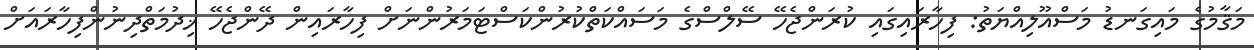
މަޤާމުގެ މައިގަނޑު މަސްއޫލިއްޔަތު: ފިހާރައިގައި ކުރަންޖެހޭ ސޭލްސްގެ މަސައްކަތްކުރުންކަސްޓަމަރުންނަށް ފިހާރައިން ދޭންޖެހޭ ޚިދުމަތްދިނުންފިހާރައަށް